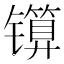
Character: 𬭾